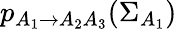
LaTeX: p_{A_{1}\rightarrow A_{2}A_{3}}(\Sigma_{A_{1}})